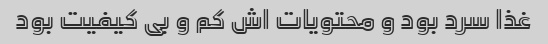
غذا سرد بود و محتویات اش کم و بی کیفیت بود